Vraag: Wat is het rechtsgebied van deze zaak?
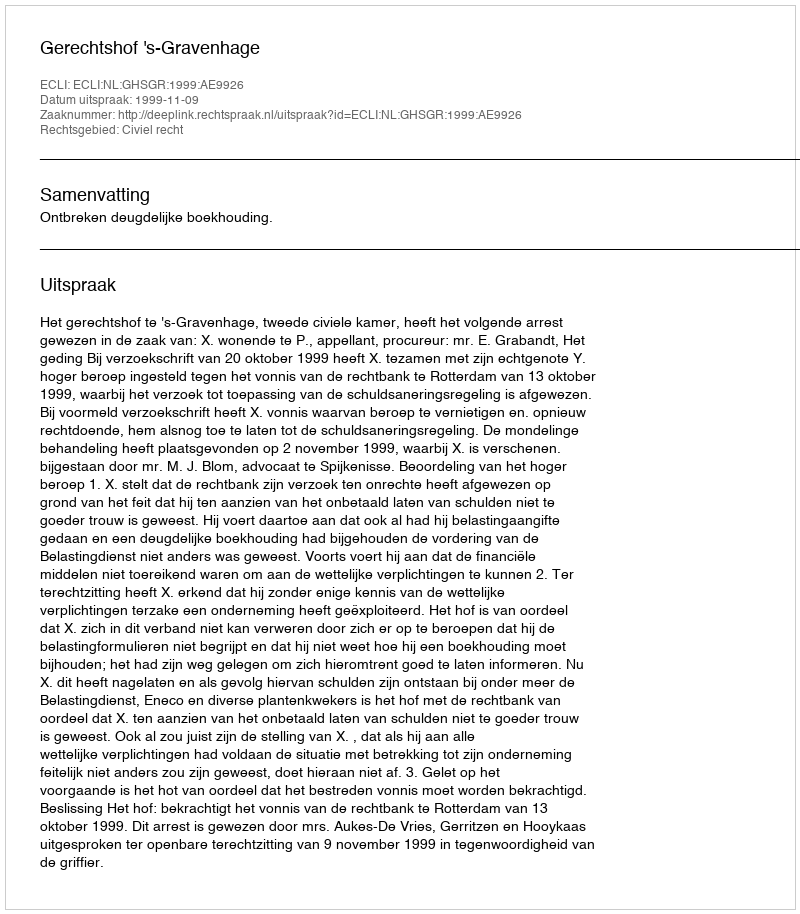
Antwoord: Civiel recht